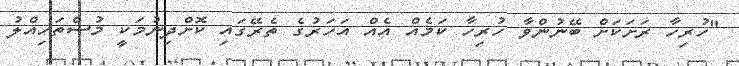
"ހުރިހާ ރަށަކަށް ބޭނުންވާ ހުރިހާ ކަމެއް އެއް އަހަރުގެ ތެރޭގައި ކޮށްދިނުމަކީ މުސްތަހިއްލު